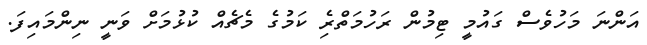
އަންނަ މަހުވެސް ގައުމީ ޓިމުން ރަހުމަތްރެި ކަމުގެ މެޗެއް ކުޅުމަށް ވަނީ ނިންމައިފަ.